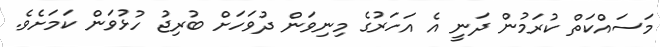
މަސައްކަތް ކުރަމުން ދަނީ އެ އަހަރުގެ މިނިވަން ދުވަހަށް ބުރިޖު ހުޅުވަން ކަމަށެވެ.